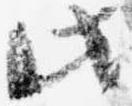
此